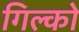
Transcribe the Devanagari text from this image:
गिल्को